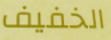
الخفيف